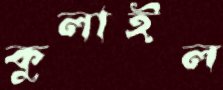
কুলাইল